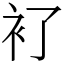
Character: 𧘈